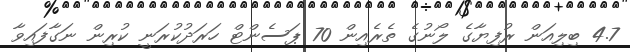
4.7 ބިލިއަން ރުފިޔާގެ ލޯނުގެ ތެރެއިން 70 ޕަސެންޓް ހަރަދުކުރަނީ ކުރިން ނަގާފައިވާ